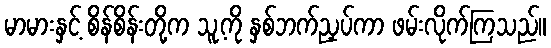
မာမားနှင့် စိန်စိန်းတို့က သူ့ကို နှစ်ဘက်ညှပ်ကာ ဖမ်းလိုက်ကြသည်။